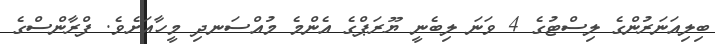
ބިލިއަނަރުންގެ ލިސްޓުގެ 4 ވަނަ ލިބެނީ ޔޫރަޕްގެ އެންމެ މުއްސަނދި މީހާއަށެވެ. ފްރާންސްގެ